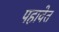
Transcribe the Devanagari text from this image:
पहावेत